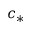
c _ { * }